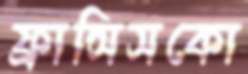
ফ্রান্সিসকো